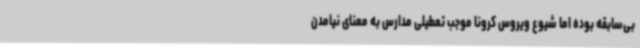
بی‌سابقه بوده اما شیوع ویروس کرونا موجب تعطیلی مدارس به معنای نیامدن